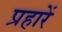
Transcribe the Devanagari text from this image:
प्रहारें